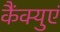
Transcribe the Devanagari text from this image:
कैंक्युएं